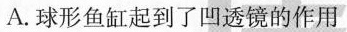
A.球形鱼缸起到了凹透镜的作用